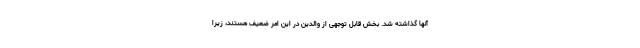
آنها گذاشته شد. بخش قابل توجهی از والدین در این امر ضعیف هستند، زیرا